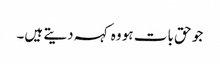
جو حق بات ہو وہ کہہ دیتے ہیں۔